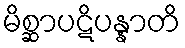
မိစ္ဆာပဋိပန္နာတိ